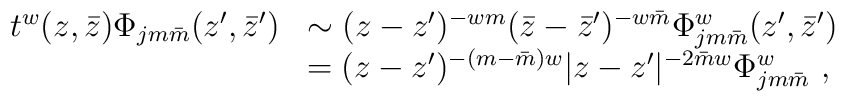
\begin{array}{cl}t^w(z,\bar z)\Phi_{jm\bar{m}}(z',\bar z')&\sim(z-z')^{-wm}(\bar z-\bar z')^{-w\bar m}\Phi_{jm\bar{m}}^w(z',\bar z')\\&=(z-z')^{-(m-\bar m)w}|z-z'|^{-2\bar m w}\Phi_{jm\bar{m}}^w~,\end{array}